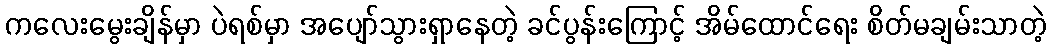
ကလေးမွေးချိန်မှာ ပဲရစ်မှာ အပျော်သွားရှာနေတဲ့ ခင်ပွန်းကြောင့် အိမ်ထောင်ရေး စိတ်မချမ်းသာတဲ့